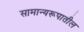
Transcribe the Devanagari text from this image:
सामान्यरूपातील